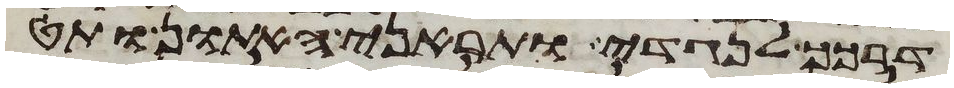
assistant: דרכך לנגדי ותראני האתון ותט